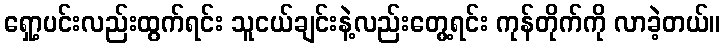
ရှော့ပင်းလည်းထွက်ရင်း သူငယ်ချင်းနဲ့လည်းတွေ့ရင်း ကုန်တိုက်ကို လာခဲ့တယ်။